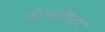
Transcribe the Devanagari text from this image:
छोयन्तिटा